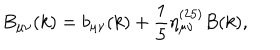
B _ { \mu \nu } ( k ) = b _ { \mu \nu } ( k ) + \frac { 1 } { 5 } \eta _ { \mu \nu } ^ { ( 2 5 ) } B ( k ) ,